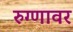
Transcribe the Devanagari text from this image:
रुग्णावर